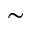
\sim